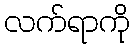
လက်ရာကို